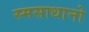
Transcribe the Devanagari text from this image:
स्मसाधानो